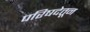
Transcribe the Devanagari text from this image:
परिषदेतून